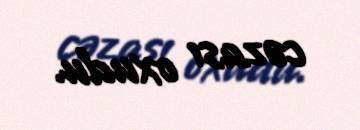
cəzası oxudu.